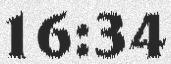
16:34